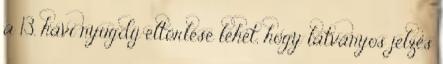
a 13. havi nyugdíj eltörlése lehet, hogy látványos jelzés